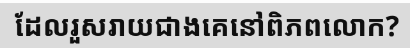
ដែលរួសរាយជាងគេនៅពិភពលោក?